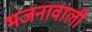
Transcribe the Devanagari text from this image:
भजनावाली